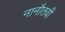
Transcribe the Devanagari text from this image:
नानौतवी